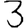
Digit: 3